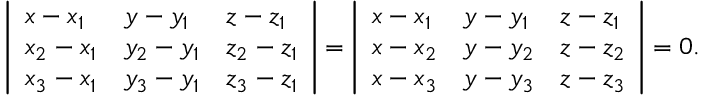
{ \left| \begin{array} { l l l } { x - x _ { 1 } } & { y - y _ { 1 } } & { z - z _ { 1 } } \\ { x _ { 2 } - x _ { 1 } } & { y _ { 2 } - y _ { 1 } } & { z _ { 2 } - z _ { 1 } } \\ { x _ { 3 } - x _ { 1 } } & { y _ { 3 } - y _ { 1 } } & { z _ { 3 } - z _ { 1 } } \end{array} \right| } = { \left| \begin{array} { l l l } { x - x _ { 1 } } & { y - y _ { 1 } } & { z - z _ { 1 } } \\ { x - x _ { 2 } } & { y - y _ { 2 } } & { z - z _ { 2 } } \\ { x - x _ { 3 } } & { y - y _ { 3 } } & { z - z _ { 3 } } \end{array} \right| } = 0 .